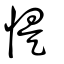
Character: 惿